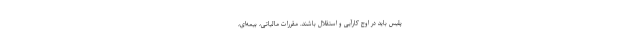
پلیس باید در اوج کارآیی و استقلال باشند. مقررات مالیاتی، بیمه‌ای،